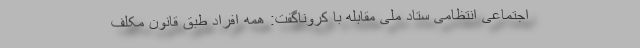
اجتماعی انتظامی ستاد ملی مقابله با کروناگفت: همه افراد طبق قانون مکلف